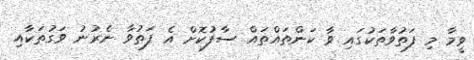
ވީމާ މި ފަތުވާތަކުގައި ވާ ކަންތައްތައް ސާފުކޮށް އެ ފަތުވާ ނެރުނު ވަގުތަކާއި